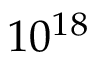
1 0 ^ { 1 8 }